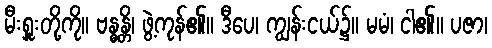
မီးရှူးတို့ကို။ ဗန္ဓန္တိ၊ ဖွဲ့ကုန်၏။ ဒီပေ၊ ကျွန်းငယ်၌။ မမံ၊ ငါ၏။ ပဇာ၊